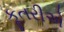
કૂતરીએ